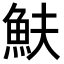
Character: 𩵩